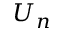
U _ { n }